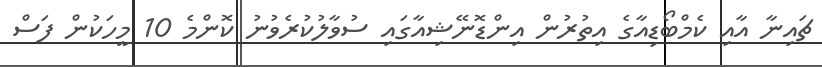
ޗައިނާ އާއި ކެމްބޯޑިއާގެ އިތުރުން އިންޑޮނޭޝިއާގައި ސުވާލުކުރެވުނު ކޮންމެ 10 މީހަކުން ފަސް